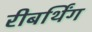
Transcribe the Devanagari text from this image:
रीबर्थिंग